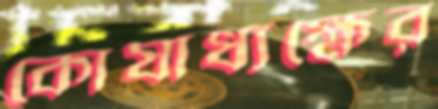
কোষাধ্যক্ষের